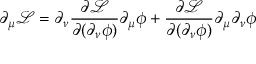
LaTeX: \partial _ { \mu } { \mathcal { L } } = \partial _ { \nu } { \frac { \partial { \mathcal { L } } } { \partial ( \partial _ { \nu } \phi ) } } \partial _ { \mu } \phi + { \frac { \partial { \mathcal { L } } } { \partial ( \partial _ { \nu } \phi ) } } \partial _ { \mu } \partial _ { \nu } \phi